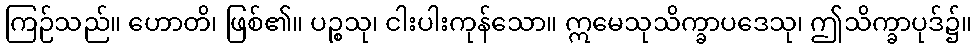
ကြဉ်သည်။ ဟောတိ၊ ဖြစ်၏။ ပဉ္စသု၊ ငါးပါးကုန်သော။ ဣမေသုသိက္ခာပဒေသု၊ ဤသိက္ခာပုဒ်၌။